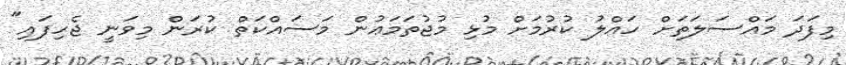
މިފަދަ މައްސަލަތަށް ހައްލު ކުރުމަށް މުޅި މުޖުތަމަޢުން މަސައްކަތް ކުރަން މިވަނީ ޖެހިފައި"